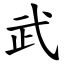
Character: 武